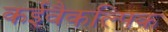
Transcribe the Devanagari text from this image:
कईवैकल्पिक